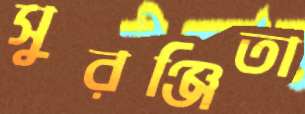
সুরঞ্জিতা